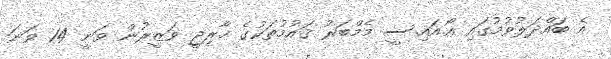
އެ ބައްދަލުވުމުގައި އޯ.އައި.ސީ މެމްބަރު ޤައުމުތަކުގެ ޚާރިޖީ ވަޒީރުން ވަނީ 14 ވަނަ